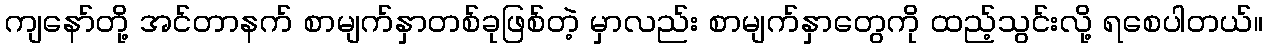
ကျနော်တို့ အင်တာနက် စာမျက်နှာတစ်ခုဖြစ်တဲ့ မှာလည်း စာမျက်နှာတွေကို ထည့်သွင်းလို့ ရစေပါတယ်။